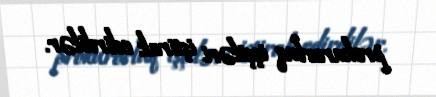
prokurorluq işçiləri iştirak edirdilər.